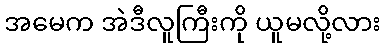
အမေက အဲဒီလူကြီးကို ယူမလို့လား